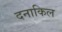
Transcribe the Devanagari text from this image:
दनाकिल